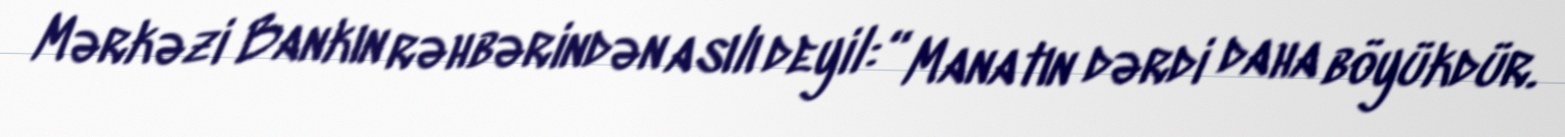
Mərkəzi Bankın rəhbərindən asılı deyil: “ Manatın dərdi daha böyükdür.